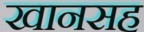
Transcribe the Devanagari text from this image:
खानसह